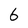
Character: 6